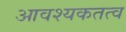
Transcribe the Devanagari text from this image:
आवश्यकतत्व